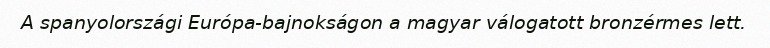
A spanyolországi Európa-bajnokságon a magyar válogatott bronzérmes lett.